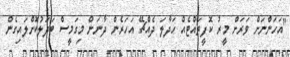
"އަހަންނަށް ވަރަށް މީރު ކޮފީތައްޓެއް ހަދާލަ ދެއްޗޭ އަހަރެން ދާނަން މިގަމީސް ބަދަލުކޮށްލައިގެން